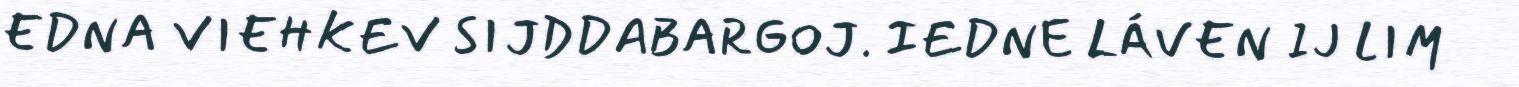
EDNA VIEHKEV SIJDDABARGOJ. IEDNE LÁVEN IJ LIM